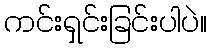
ကင်းရှင်းခြင်းပါပဲ။